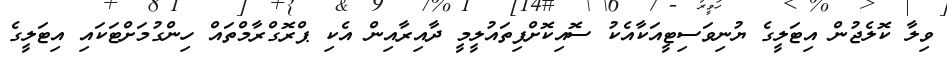
ވިލާ ކޮލެޖުން އިޓަލީގެ ޔުނިވަސިޓީއަކާއެކު ސޮއިކޮށްފިތައުލީމީ ދާއިރާއިން އެކި ޕްރޮގްރާމްތައް ހިންގުމަށްޓަކައި އިޓަލީގެ